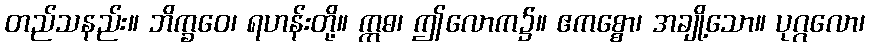
တည်သနည်း။ ဘိက္ခဝေ၊ ရဟန်းတို့။ ဣဓ၊ ဤလောက၌။ ဧကစ္စော၊ အချို့သော။ ပုဂ္ဂလော၊